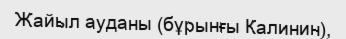
Жайыл ауданы (бұрынғы Калинин),